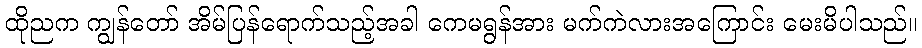
ထိုညက ကျွန်တော် အိမ်ပြန်ရောက်သည့်အခါ ကေမရွန်အား မက်ကဲလားအကြောင်း မေးမိပါသည်။